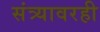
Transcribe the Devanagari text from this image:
संत्र्यावरही